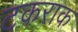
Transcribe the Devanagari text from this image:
टकराक